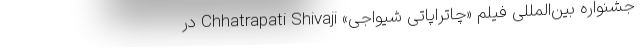
جشنواره بین‌‌المللی فيلم «چاتراپاتی شیواجی» Chhatrapati Shivaji در